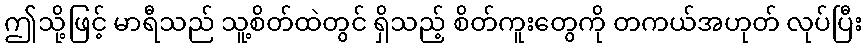
ဤသို့ဖြင့် မာရီသည် သူ့စိတ်ထဲတွင် ရှိသည့် စိတ်ကူးတွေကို တကယ်အဟုတ် လုပ်ပြီး